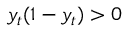
y _ { t } ( 1 - y _ { t } ) > 0